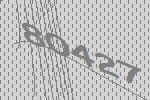
80427